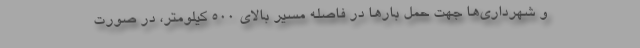
و شهرداری‌ها جهت حمل بارها در فاصله مسیر بالای ۵۰۰ کیلومتر، در صورت